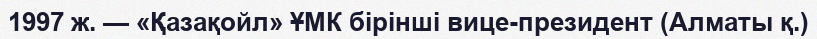
1997 ж. — «Қазақойл» ҰМК бірінші вице-президент (Алматы қ.)